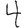
Digit: 4